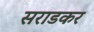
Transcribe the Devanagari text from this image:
सराडकर